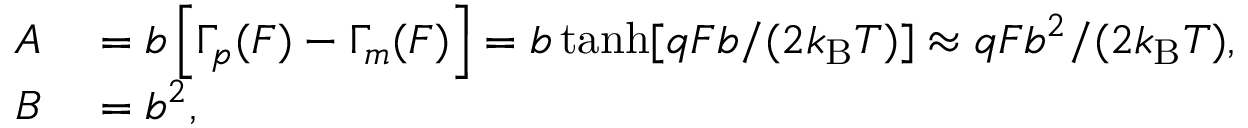
\begin{array} { r l } { A } & { { } = b \left[ \Gamma _ { p } ( F ) - \Gamma _ { m } ( F ) \right] = b \operatorname { t a n h } [ q F b / ( 2 k _ { \mathrm { B } } T ) ] \approx q F b ^ { 2 } / ( 2 k _ { \mathrm { B } } T ) , } \\ { B } & { { } = b ^ { 2 } , } \end{array}